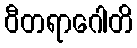
ဝီတရာဂေါတိ